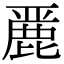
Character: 䴡